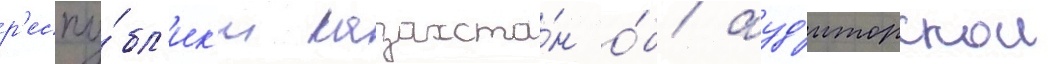
р'еспу́бл'ик'и казахста́н о́б ауд'иторскои